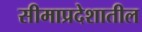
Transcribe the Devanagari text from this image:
सीमाप्रदेशातील